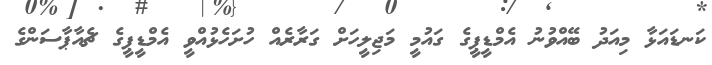
ކަނޑައަޅާ މިއަދު ބޭއްވުނު އެމްޑީޕީގެ ގައުމީ މަޖިލީހަށް ގަރާރެއް ހުށަހެޅުއްވީ އެމްޑީޕީގެ ޗެއާޕާސަންގެ